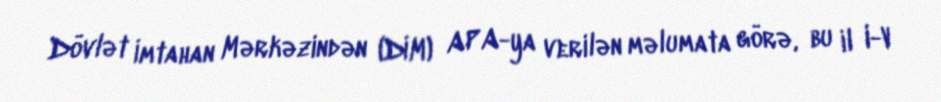
Dövlət İmtahan Mərkəzindən (DİM) APA-ya verilən məlumata görə, bu il I-V